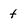
Character: t